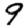
Digit: 9